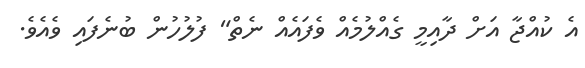
އެ ކުއްޖާ އަށް ދާއިމީ ގެއްލުމެއް ވެފައެއް ނެތް" ފުލުހުން ބުނެފައި ވެއެވެ.